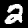
Label: 2